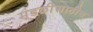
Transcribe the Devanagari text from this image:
मंडळींसाठीच